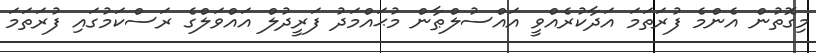
މިގޮތުން އެންމެ ފުރަތަމަ އަދާކުރެއްވީ އައްސުލްޠާން މުޙައްމަދު ފަރީދުލް އައްވަލްގެ ރަސްކަމުގައި ފުރަތަމަ